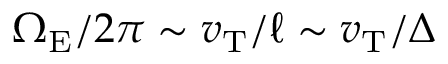
\Omega _ { \mathrm { E } } / 2 \pi \sim v _ { \mathrm { T } } / \ell \sim v _ { \mathrm { T } } / \Delta